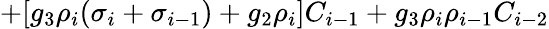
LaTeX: +[g_{3}\rho_{i}(\sigma_{i}+\sigma_{i-1})+g_{2}\rho_{i}]C_{i-1}+g_{3}\rho_{i}\rho_{i-1}C_{i-2}